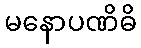
မနောပဏိဓိ